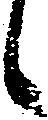
候